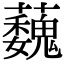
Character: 蘶